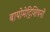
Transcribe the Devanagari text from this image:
बायोमेट्रिशियनों